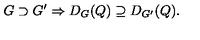
G \supset G ^ { \prime } \Rightarrow D _ { G } ( Q ) \supseteq D _ { G ^ { \prime } } ( Q ) .